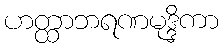
ဟတ္ထာဘရဏမုဒ္ဒိကာ